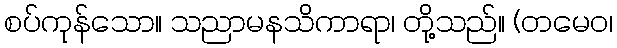
စပ်ကုန်သော။ သညာမနသိကာရာ၊ တို့သည်။ (တမေဝ၊